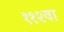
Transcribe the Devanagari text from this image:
११२वा